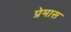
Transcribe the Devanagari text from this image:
प्रेमास